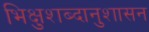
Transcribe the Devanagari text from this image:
भिक्षुशब्दानुशासन